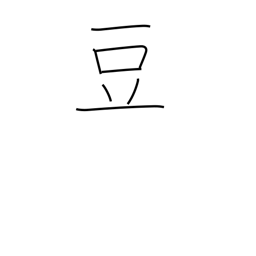
Meaning: midget